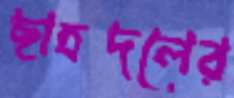
ছাত্রদলের